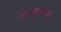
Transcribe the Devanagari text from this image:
चलत्कुण्डलम्